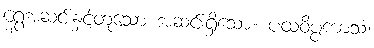
ရွှေအဆင်းနှင့်တူသော အဆင်းရှိသော။ ပထဝိပ္ပကာသံ၊